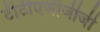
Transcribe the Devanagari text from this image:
टीटीएजीजीजी